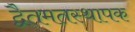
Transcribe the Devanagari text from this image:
द्वैतमतस्थापक